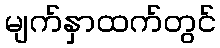
မျက်နှာထက်တွင်